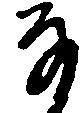
な